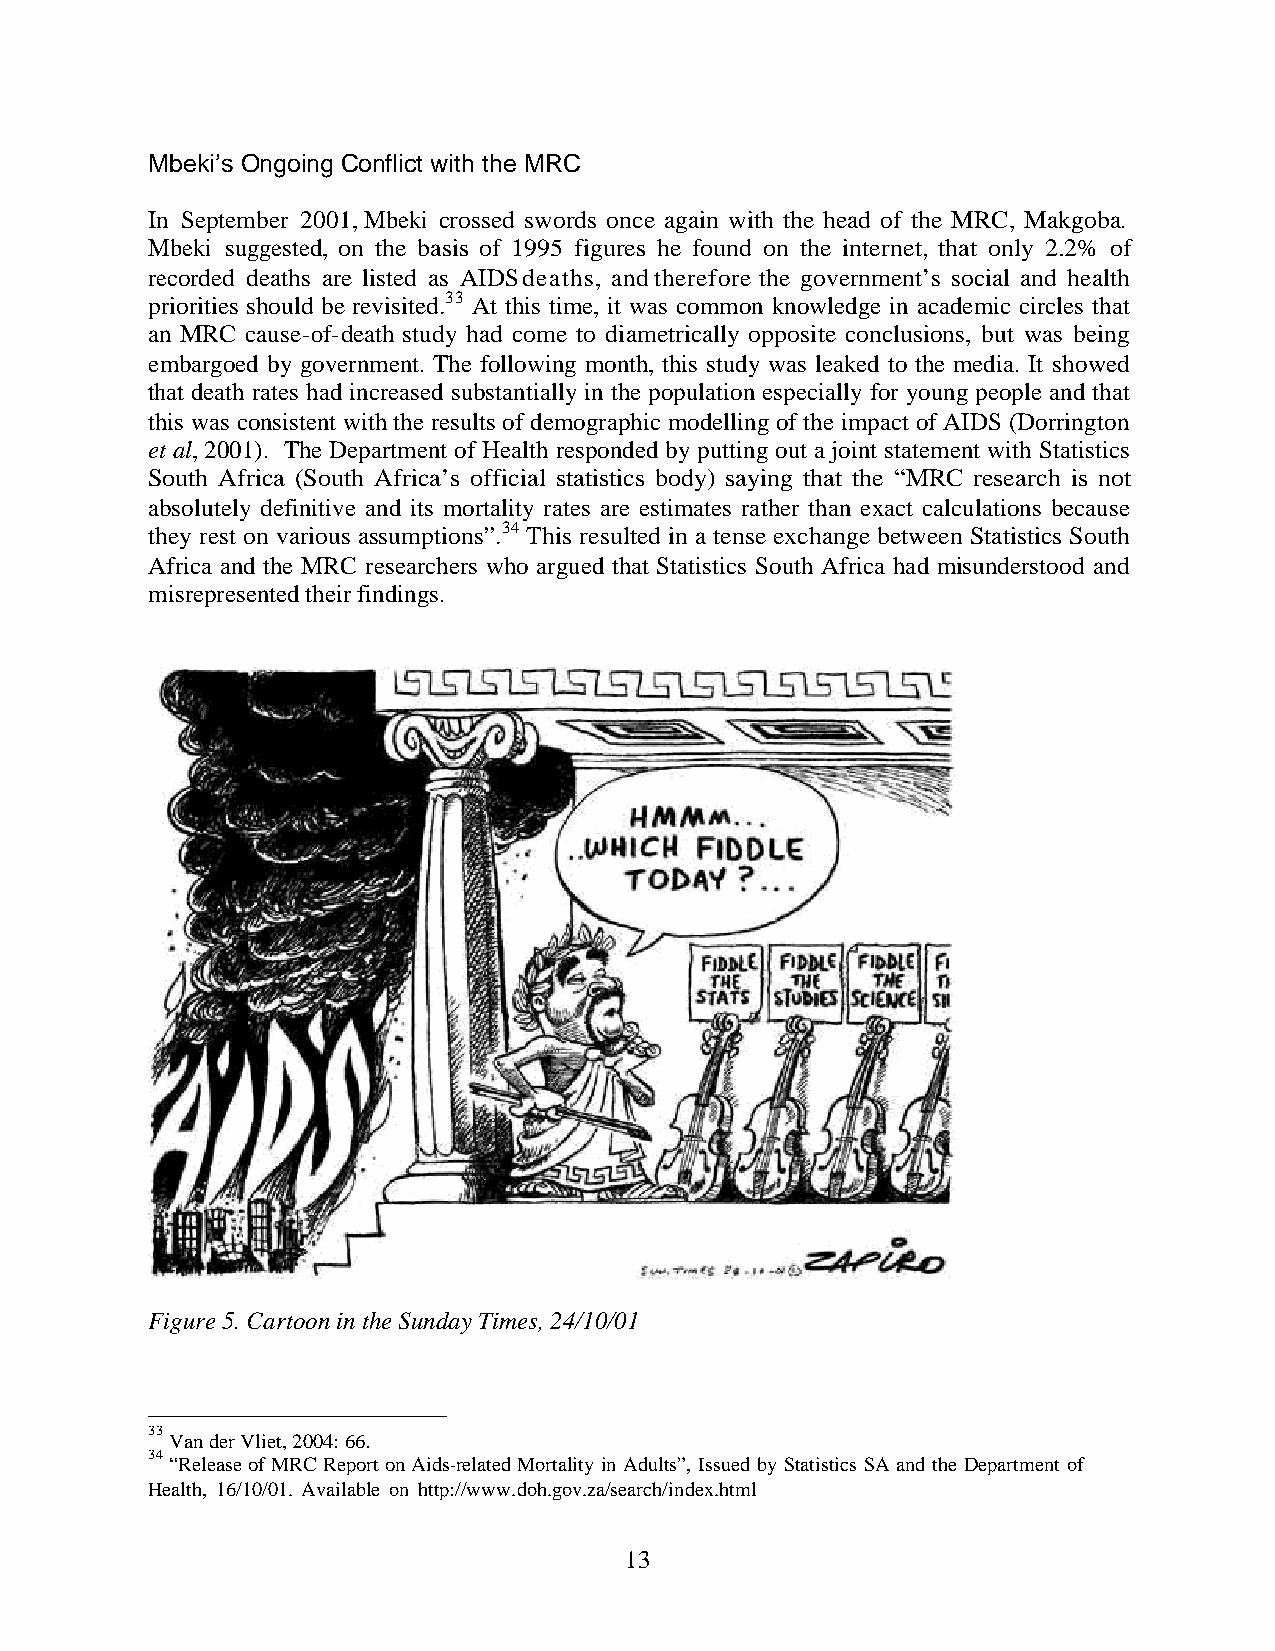
Mbeki’s Ongoing Conflict with the MRC
 In September 2001, Mbeki crossed swords once again with the head of the MRC, Makgoba.
 Mbeki suggested, on the basis of 1995 figures he found on the internet, that only 2.2% of
 recorded deaths are listed as AIDS deaths, and therefore the government’s social and health
 priorities should be revisited.33 At this time, it was common knowledge in academic circles that
 an MRC cause-of-death study had come to diametrically opposite conclusions, but was being
 embargoed by government. The following month, this study was leaked to the media. It showed
 that death rates had increased substantially in the population especially for young people and that
 this was consistent with the results of demographic modelling of the impact of AIDS (Dorrington
 et al, 2001). The Department of Health responded by putting out a joint statement with Statistics
 South Africa (South Africa’s official statistics body) saying that the “MRC research is not
 absolutely definitive and its mortality rates are estimates rather than exact calculations because
 they rest on various assumptions”.34 This resulted in a tense exchange between Statistics South
 Africa and the MRC researchers who argued that Statistics South Africa had misunderstood and
 misrepresented their findings.
 Figure 5. Cartoon in the Sunday Times, 24/10/01
 33
 Van der Vliet, 2004: 66.
 34
 “Release of MRC Report on Aids-related Mortality in Adults”, Issued by Statistics SA and the Department of
 Health, 16/10/01. Available on http://www.doh.gov.za/search/index.html
 13